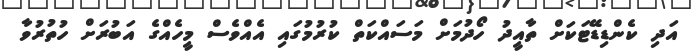
އަދި ކެންޑިޑޭޓަކަށް ތާއީދު ހޯދުމަށް މަސައްކަތް ކުރުމުގައި އެއްވެސް މީހެއްގެ އަބުރަށް ހުތުރުވާ